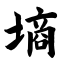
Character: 墒